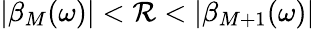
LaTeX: |\beta_{M}(\omega)|<\mathcal{R}<|\beta_{M+1}(\omega)|